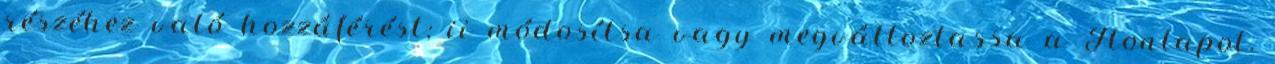
részéhez való hozzáférést; ii módosítsa vagy megváltoztassa a Honlapot,